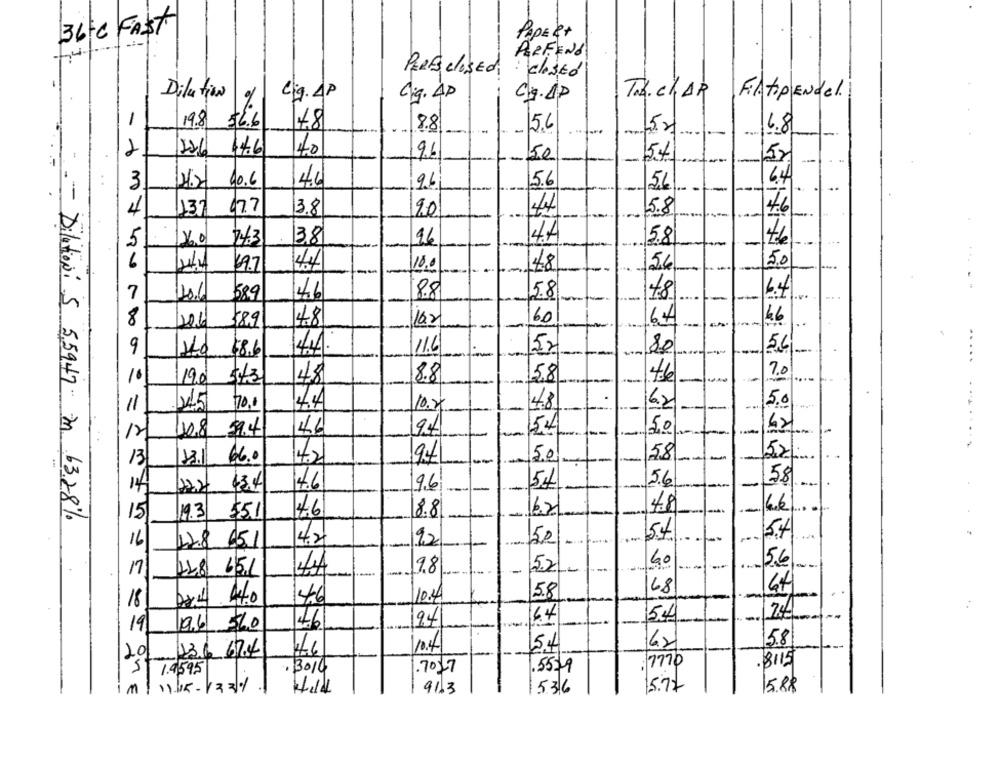
36 C FAST
PAPER+
14
PERFENd
PERESclosed: costo
Dilution
Lig. AP
lig. AP
C.g.Ap
Tok. CHAR
FiletOPENdel.
19.8 56.6
48
8.8
15.6
52
6.8
226
14.6
40
9.6
-
5.0
54
52
40.6
46
56
64
3
56
46
4
137
477
13.8
20
5.8
.
4.A
16.0
38
96
15.8
6
69.7
4.4
48
/56
5.0
10.0
6.4
7
40.6
589
46
88
5.8
48
8
48
60
6.4
206
$89
16.2
..
9
4.
11.6
52
80
5,6
--
$8.6
...
7.0
19.0
5/3
48
8.8
5,8
46
11
70,1
4.4
6.2
5.0
10.20
4.8
--
5,0
40.8
59.4
46
9.4
-
6.0
5.0
58
52
13
13.1
42
94
5.6
58
14
122
434
4.6
9.6
54
46
48
6.6
--- Dilation: 5 5,5947 m 63.28%
15
19.3
$5.1
8.8
5.4
16
151
4.2
92
50
12.8
6.0
5.6
/7
228 651
9.8
10.4
58
68
18
4.6
76
4.4
54
74
9.6
560
94
19
58
10.4
15.4
201
136 67.4
:7770
.8115
1.9595
.3010
.7027
.55)9
111115-12211
5.72
5.88
M
91.3
536